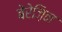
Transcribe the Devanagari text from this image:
बेरेज़िन